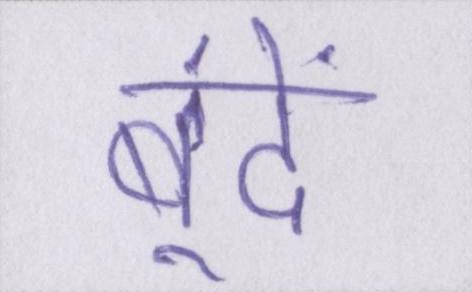
बूंदें